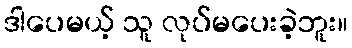
ဒါပေမယ့် သူ လုပ်မပေးခဲ့ဘူး။